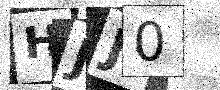
Text: HJJ0